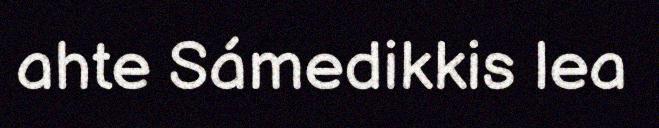
ahte Sámedikkis lea